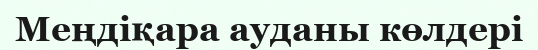
Меңдіқара ауданы көлдері